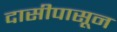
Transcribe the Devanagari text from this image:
दासीपासून